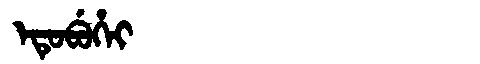
Manchu: ᡝᡨᡠᠪᡠᡥᡝᡳ
Romanization: ETUBUHEI